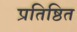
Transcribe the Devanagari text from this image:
प्रतिष्ठित